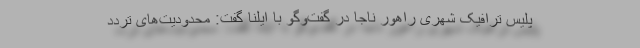
پلیس ترافیک شهری راهور ناجا در گفت‌وگو با ایلنا گفت: محدودیت‌های تردد